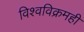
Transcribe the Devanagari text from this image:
विश्वविक्रमही